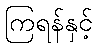
ကြရန်နှင့်